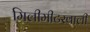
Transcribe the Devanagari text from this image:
मिलीमीटरवाली